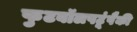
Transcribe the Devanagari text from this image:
फुटबॉलपटूंपैकी